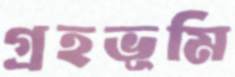
গ্রহভূমি